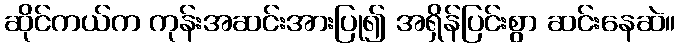
ဆိုင်ကယ်က ကုန်းအဆင်းအားပြု၍ အရှိန်ပြင်းစွာ ဆင်းနေဆဲ။